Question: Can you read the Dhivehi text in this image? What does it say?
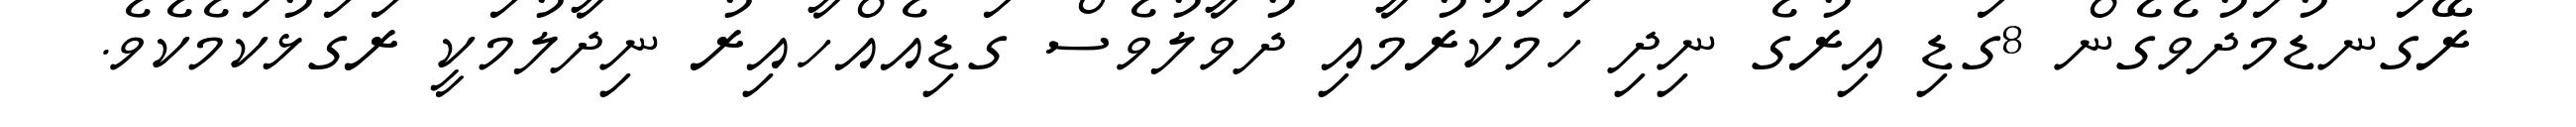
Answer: ރޭގަނޑުމަދުވެގެން 8ގަޑި އިރުގެ ނިދި ހަމަކުރުމާއި ދުވާލުވެސް ގަޑިއެއްހާއިރު ނިދާލުމަކީ ރަގަޅުކަމެކެވެ.